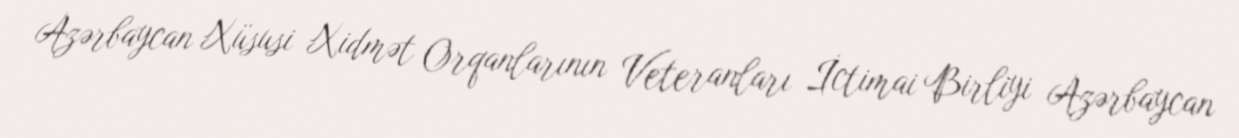
Azərbaycan Xüsusi Xidmət Orqanlarının Veteranları İctimai Birliyi Azərbaycan